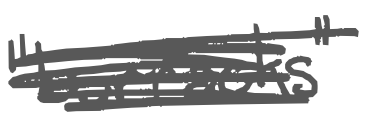
Text: "barracks"
Cross-out: scratch
Writing tool: digital_gray